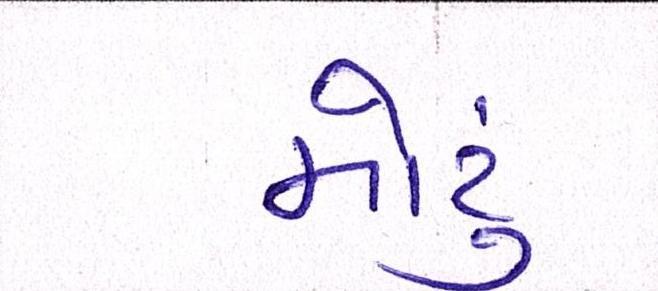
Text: મોટું